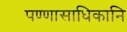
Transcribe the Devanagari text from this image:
पण्णासाधिकानि